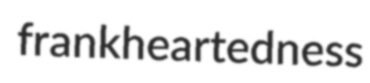
frankheartedness